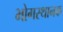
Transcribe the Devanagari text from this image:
भोगस्थानक